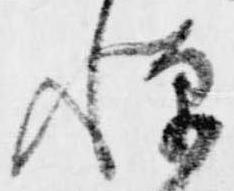
憚